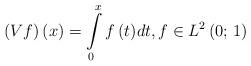
LaTeX: \begin{align*}\left( {Vf} \right)\left( x \right) = \int\limits_0^x {f\left( t \right)} dt,f \in L^2 \left( {0;\,1} \right)\end{align*}